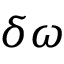
\delta \omega